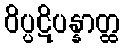
ဝိပ္ပဋိပန္နာတ္ထ